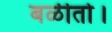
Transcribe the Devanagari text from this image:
बळीतो।